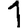
Digit: 1